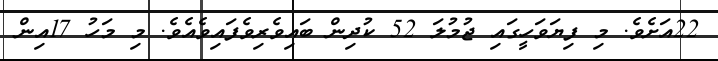
22އަށެވެ. މި ފިޔަވަހީގައި ޖުމުލަ 52 ކުދިން ބައިވެރިވެފައިވެއެވެ. މި މަހު 17އިން